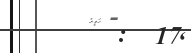
:  17